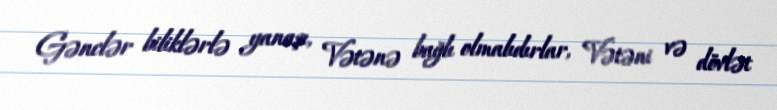
Gənclər biliklərlə yanaşı, Vətənə bağlı olmalıdırlar, Vətəni və dövlət